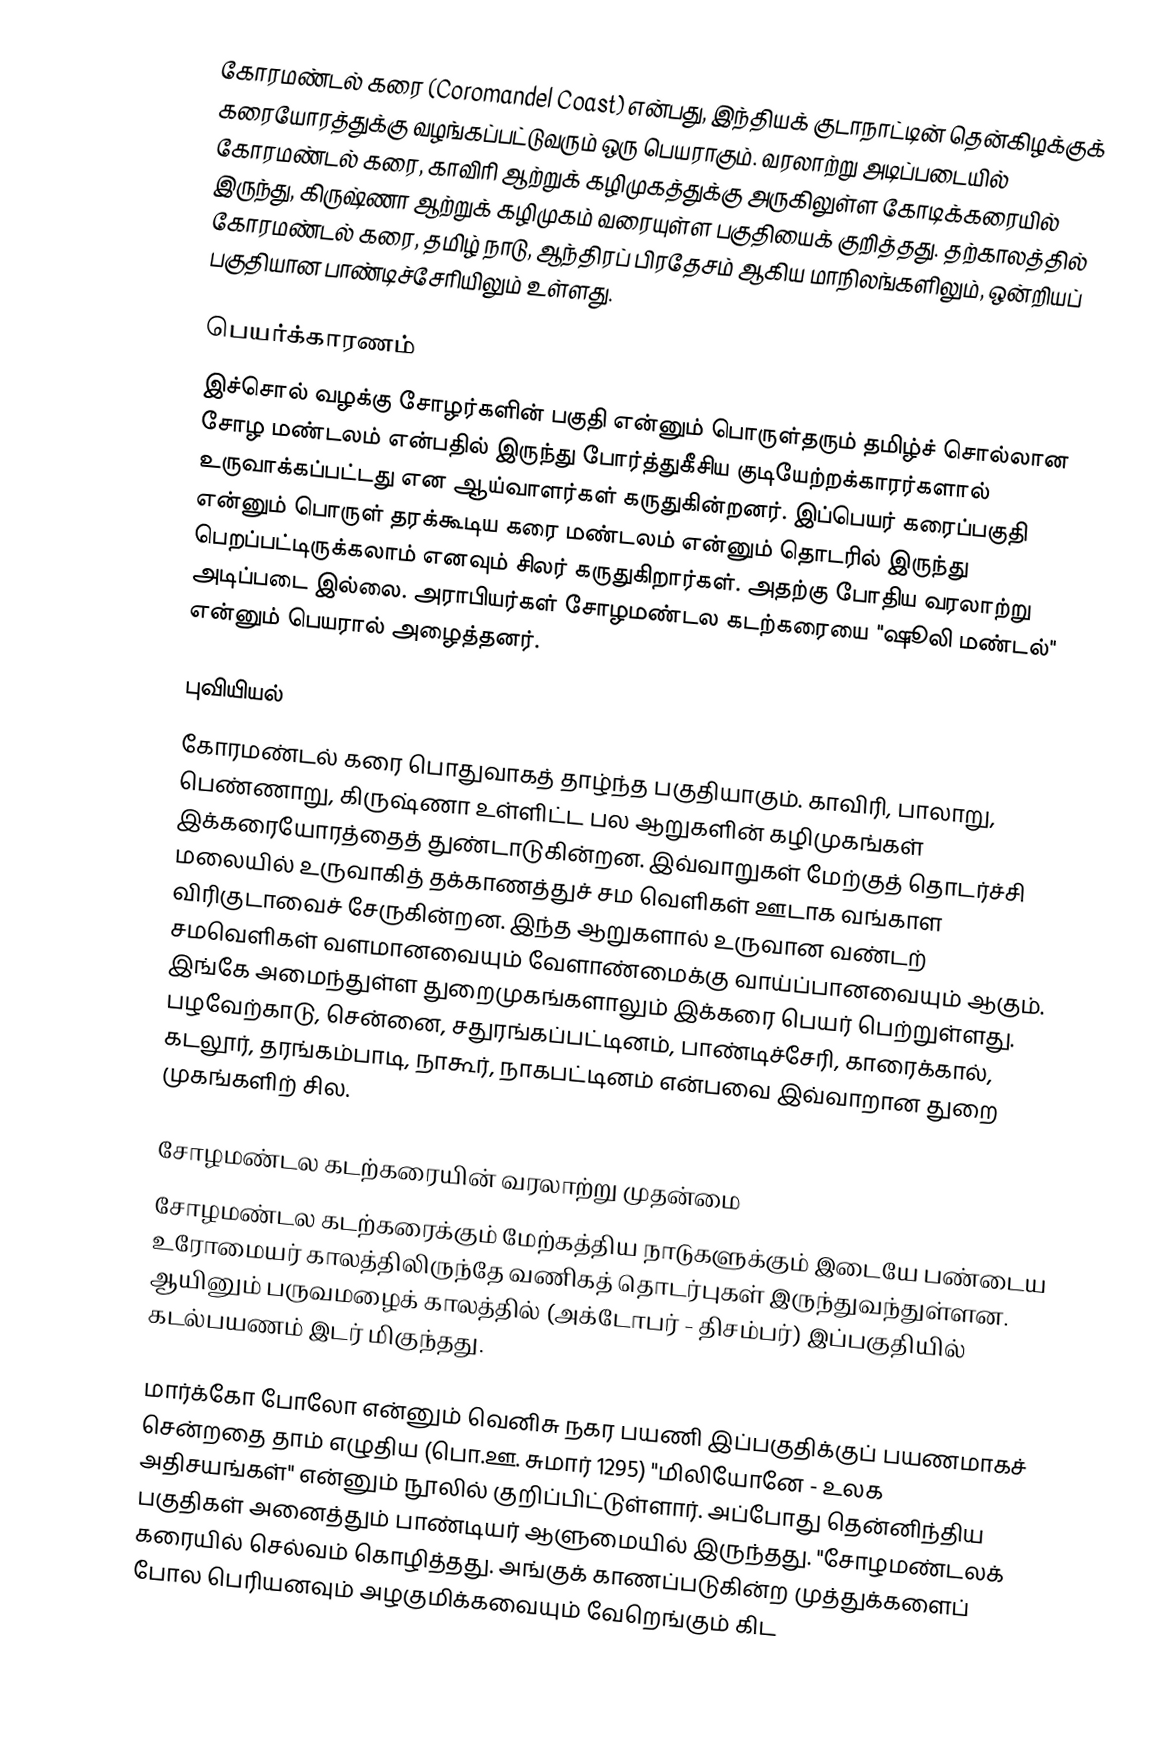
கோரமண்டல் கரை (Coromandel Coast) என்பது, இந்தியக் குடாநாட்டின் தென்கிழக்குக் கரையோரத்துக்கு வழங்கப்பட்டுவரும் ஒரு பெயராகும். வரலாற்று அடிப்படையில் கோரமண்டல் கரை, காவிரி ஆற்றுக் கழிமுகத்துக்கு அருகிலுள்ள கோடிக்கரையில் இருந்து, கிருஷ்ணா ஆற்றுக் கழிமுகம் வரையுள்ள பகுதியைக் குறித்தது. தற்காலத்தில் கோரமண்டல் கரை, தமிழ் நாடு, ஆந்திரப் பிரதேசம் ஆகிய மாநிலங்களிலும், ஒன்றியப் பகுதியான பாண்டிச்சேரியிலும் உள்ளது.

பெயர்க்காரணம்
இச்சொல் வழக்கு சோழர்களின் பகுதி என்னும் பொருள்தரும் தமிழ்ச் சொல்லான சோழ மண்டலம் என்பதில் இருந்து போர்த்துகீசிய குடியேற்றக்காரர்களால் உருவாக்கப்பட்டது என ஆய்வாளர்கள் கருதுகின்றனர். இப்பெயர் கரைப்பகுதி என்னும் பொருள் தரக்கூடிய கரை மண்டலம் என்னும் தொடரில் இருந்து பெறப்பட்டிருக்கலாம் எனவும் சிலர் கருதுகிறார்கள். அதற்கு போதிய வரலாற்று அடிப்படை இல்லை. அராபியர்கள் சோழமண்டல கடற்கரையை "ஷூலி மண்டல்" என்னும் பெயரால் அழைத்தனர்.

புவியியல்
கோரமண்டல் கரை பொதுவாகத் தாழ்ந்த பகுதியாகும். காவிரி, பாலாறு, பெண்ணாறு, கிருஷ்ணா உள்ளிட்ட பல ஆறுகளின் கழிமுகங்கள் இக்கரையோரத்தைத் துண்டாடுகின்றன. இவ்வாறுகள் மேற்குத் தொடர்ச்சி மலையில் உருவாகித் தக்காணத்துச் சம வெளிகள் ஊடாக வங்காள விரிகுடாவைச் சேருகின்றன. இந்த ஆறுகளால் உருவான வண்டற் சமவெளிகள் வளமானவையும் வேளாண்மைக்கு வாய்ப்பானவையும் ஆகும். இங்கே அமைந்துள்ள துறைமுகங்களாலும் இக்கரை பெயர் பெற்றுள்ளது. பழவேற்காடு, சென்னை, சதுரங்கப்பட்டினம், பாண்டிச்சேரி, காரைக்கால், கடலூர், தரங்கம்பாடி, நாகூர், நாகபட்டினம் என்பவை இவ்வாறான துறை முகங்களிற் சில.

சோழமண்டல கடற்கரையின் வரலாற்று முதன்மை
சோழமண்டல கடற்கரைக்கும் மேற்கத்திய நாடுகளுக்கும் இடையே பண்டைய உரோமையர் காலத்திலிருந்தே வணிகத் தொடர்புகள் இருந்துவந்துள்ளன. ஆயினும் பருவமழைக் காலத்தில் (அக்டோபர் - திசம்பர்) இப்பகுதியில் கடல்பயணம் இடர் மிகுந்தது.

மார்க்கோ போலோ என்னும் வெனிசு நகர பயணி இப்பகுதிக்குப் பயணமாகச் சென்றதை தாம் எழுதிய (பொ.ஊ. சுமார் 1295) "மிலியோனே - உலக அதிசயங்கள்" என்னும் நூலில் குறிப்பிட்டுள்ளார். அப்போது தென்னிந்திய பகுதிகள் அனைத்தும் பாண்டியர் ஆளுமையில் இருந்தது. "சோழமண்டலக் கரையில் செல்வம் கொழித்தது. அங்குக் காணப்படுகின்ற முத்துக்களைப் போல பெரியனவும் அழகுமிக்கவையும் வேறெங்கும் கிட